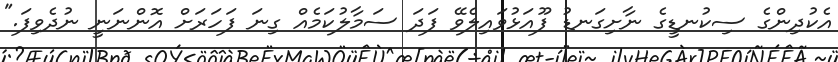
އެކުދިންގެ ސިކުނޑީގެ ނާށިގަނޑު ފޫއަޅުވައިލެވޭ ފަދަ ސަމާލުކަމެއް ގިނަ ފަހަރަށް އޮންނަނީ ނުދެވިފަ."